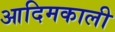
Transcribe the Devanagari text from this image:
आदिमकाली